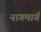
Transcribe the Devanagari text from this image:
नागमार्ग